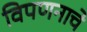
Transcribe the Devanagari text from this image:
विपणनाचे